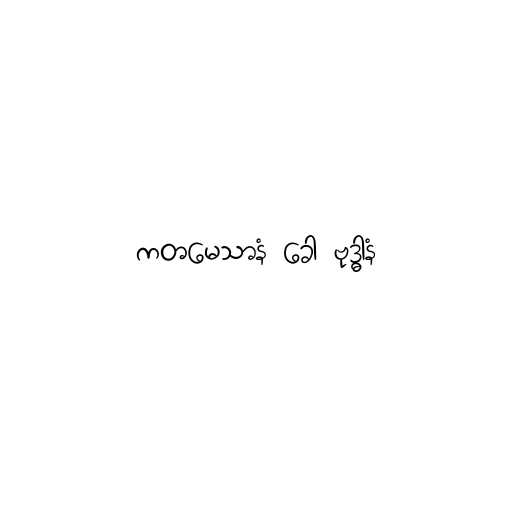
ကတမေသာနံ ခေါ ဗုဒ္ဓါနံ